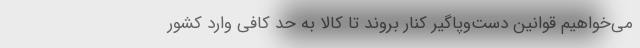
می‌خواهیم قوانین دست‌وپاگیر کنار بروند تا کالا به حد کافی وارد کشور